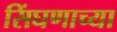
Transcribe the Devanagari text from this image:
सिंघणाच्या